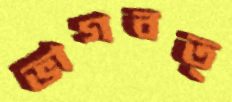
ভাগবত্